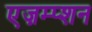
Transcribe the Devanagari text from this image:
एज़म्प्शन